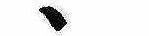
ゝ